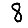
Digit: 8